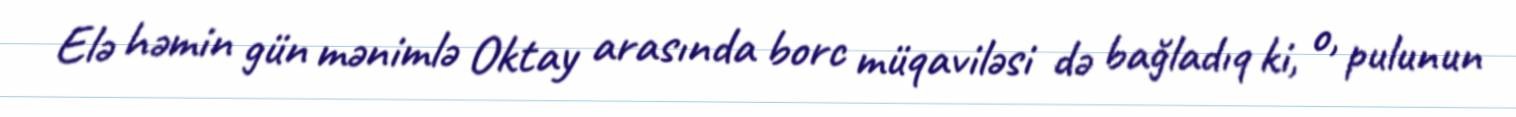
Elə həmin gün mənimlə Oktay arasında borc müqaviləsi də bağladıq ki, o, pulunun